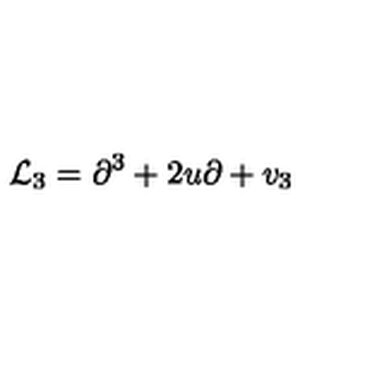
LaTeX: { \mathcal L } _ { 3 } = \partial ^ { 3 } + 2 u \partial + v _ { 3 }